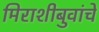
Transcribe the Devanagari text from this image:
मिराशीबुवांचे